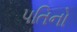
પતિનો